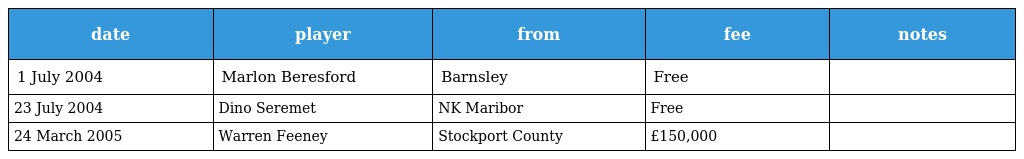
| date | player | from | fee | notes |
 | --- | --- | --- | --- | --- |
 | 1 July 2004 | Marlon Beresford | Barnsley | Free |  |
 | 23 July 2004 | Dino Seremet | NK Maribor | Free |  |
 | 24 March 2005 | Warren Feeney | Stockport County | £150,000 |  |